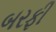
બરફી